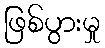
ဖြစ်ပွားမှု